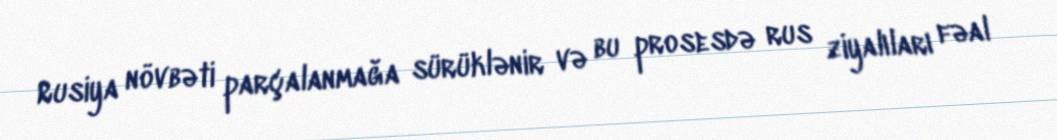
Rusiya növbəti parçalanmağa sürüklənir və bu prosesdə rus ziyalıları fəal